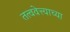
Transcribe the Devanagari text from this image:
तत्ववेत्त्याच्या